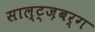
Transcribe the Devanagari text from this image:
साल्ट्ज़बर्ग